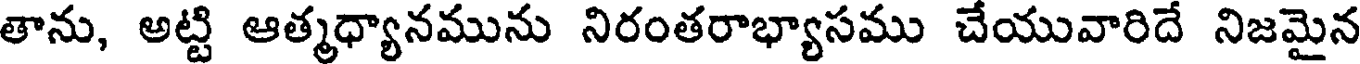
తాను, అట్టి ఆత్మధ్యానమును నిరంతరాభ్యాసము చేయువారిదే నిజమైన